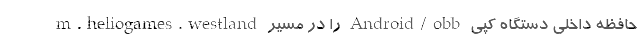
m.heliogames.westland را در مسیر Android/obb حافظه داخلی دستگاه کپی